Annual report on the working of the lock hospitals in the North-Western Provinces and Oudh
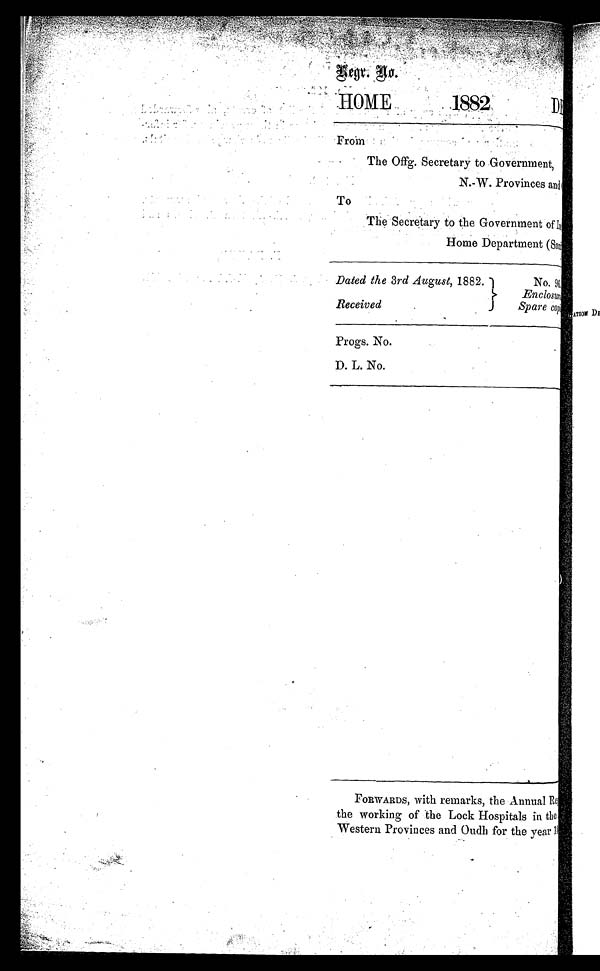
Begr. go.
HOME
1882
DI
From
The Offg. Secretary to Government,
N.-W. Provinces and
To
The Secretary to the Government of
Home Department (Sani
Dated the 3rd August, 1882.
No. 9
6Enclos
u r e S p a r e c o p i
PATION D
Received
Progs. No.
D. L. No.
FORWARDS, with remarks, the Annual Rel
the working of the Lock Hospitals in the
Western Provinces and Oudh for the year 18